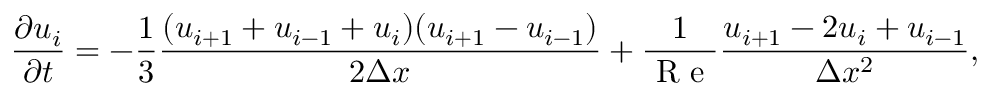
\frac { \partial u _ { i } } { \partial t } = - \frac { 1 } { 3 } \frac { ( u _ { i + 1 } + u _ { i - 1 } + u _ { i } ) ( u _ { i + 1 } - u _ { i - 1 } ) } { 2 \Delta x } + \frac { 1 } { \mathrm { ~ R ~ e ~ } } \frac { u _ { i + 1 } - 2 u _ { i } + u _ { i - 1 } } { \Delta x ^ { 2 } } ,